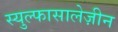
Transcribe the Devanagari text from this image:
स्युल्फासालेज़ीन